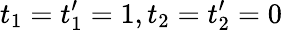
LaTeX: t_{1}=t_{1}^{\prime}=1,t_{2}=t_{2}^{\prime}=0